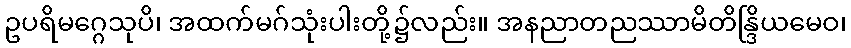
ဥပရိမဂ္ဂေသုပိ၊ အထက်မဂ်သုံးပါးတို့၌လည်း။ အနညာတညဿာမိတိန္ဒြိယမေဝ၊